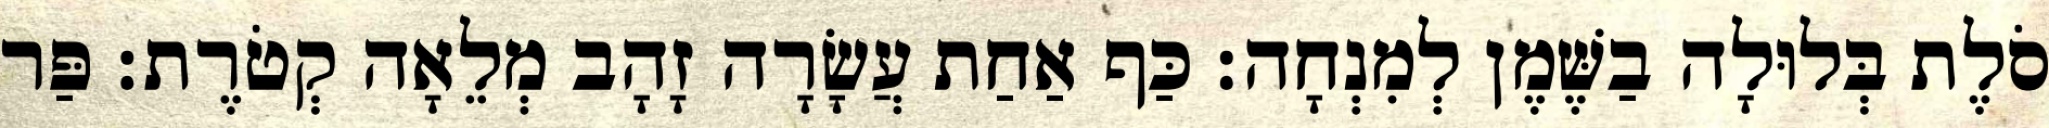
סֹלֶת בְּלוּלָה בַשֶּׁמֶן לְמִנְחָה׃ כַּף אַחַת עֲשָׂרָה זָהָב מְלֵאָה קְטֹרֶת׃ פַּר